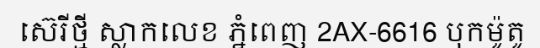
ស៊េរីថ្មី ស្លាកលេខ ភ្នំពេញ 2AX-6616 បុកម៉ូតូ